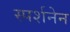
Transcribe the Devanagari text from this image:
स्पर्शनेन